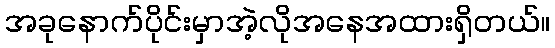
အခုနောက်ပိုင်းမှာအဲ့လိုအနေအထားရှိတယ်။